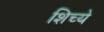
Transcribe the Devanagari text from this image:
शिच्ये